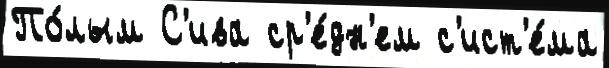
По́лым С'ива ср'е́дн'ем с'ист'е́ма